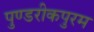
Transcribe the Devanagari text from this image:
पुण्डरीकपुरम